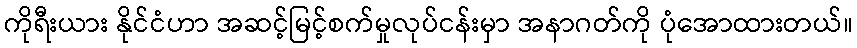
ကိုရီးယား နိုင်ငံဟာ အဆင့်မြင့်စက်မှုလုပ်ငန်းမှာ အနာဂတ်ကို ပုံအောထားတယ်။